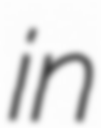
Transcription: in